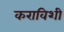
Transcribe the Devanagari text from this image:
कराविशी